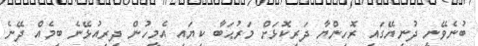
ބުނެވޭނީ ދުނިޔޭގައި ރޮހިންޔާ ދަރިކޮޅަށް މަރުޙަބާ ކިޔައި އެމީހުން ދިރިއުޅޭނެ ބިމެއް ދޭނެ